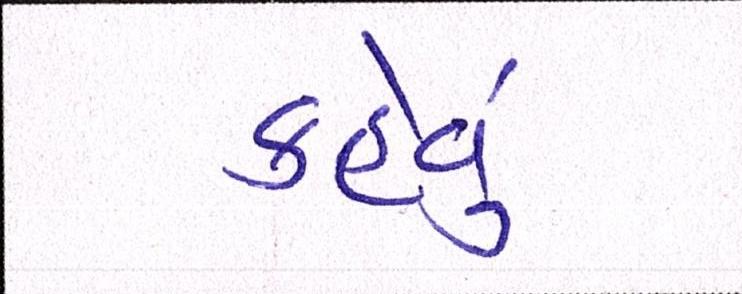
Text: કહેવુ